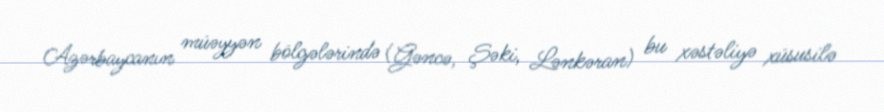
Azərbaycanın müəyyən bölgələrində (Gəncə, Şəki, Lənkəran) bu xəstəliyə xüsusilə